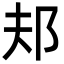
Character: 邞